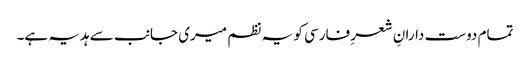
تمام دوست دارانِ شعرِ فارسی کو یہ نظم میری جانب سے ہدیہ ہے۔